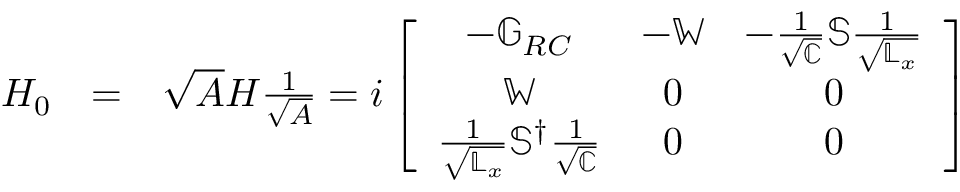
\begin{array} { r l r } { H _ { 0 } } & { = } & { \sqrt { A } H \frac { 1 } { \sqrt { A } } = i \left[ \begin{array} { c c c } { - \mathbb { G } _ { R C } } & { - \mathbb { W } } & { - \frac { 1 } { \sqrt { \mathbb { C } } } \mathbb { S } \frac { 1 } { \sqrt { \mathbb { L } _ { x } } } } \\ { \mathbb { W } } & { 0 } & { 0 } \\ { \frac { 1 } { \sqrt { \mathbb { L } _ { x } } } \mathbb { S } ^ { \dagger } \frac { 1 } { \sqrt { \mathbb { C } } } } & { 0 } & { 0 } \end{array} \right] } \end{array}